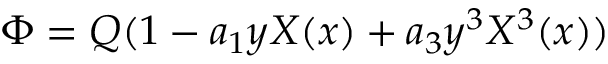
\Phi = Q ( 1 - a _ { 1 } y X ( x ) + a _ { 3 } y ^ { 3 } X ^ { 3 } ( x ) )